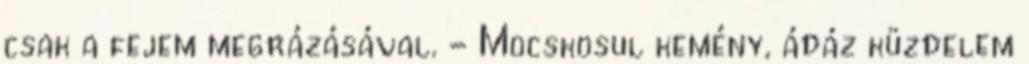
csak a fejem megrázásával. - Mocskosul kemény, ádáz küzdelem